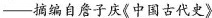
—摘编自詹子庆《中国古代史》